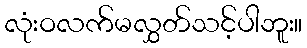
လုံးဝလက်မလွှတ်သင့်ပါဘူး။